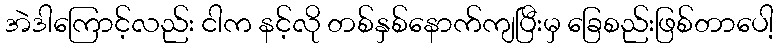
အဲဒါကြောင့်လည်း ငါက နင့်လို တစ်နှစ်နောက်ကျပြီးမှ ခြေစည်းဖြစ်တာပေါ့